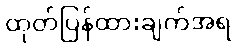
ထုတ်ပြန်ထားချက်အရ